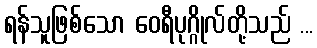
ရန်သူဖြစ်သော ဝေရီပုဂ္ဂိုလ်တို့သည် ...